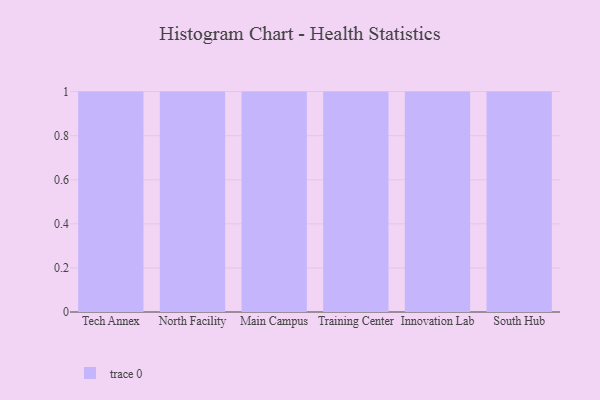
{"axis": {"x": "Campus", "y": "Demand Index"}, "legend": [""], "data": [{"x": "Tech Annex", "y": 51, "type": ""}, {"x": "North Facility", "y": 13, "type": ""}, {"x": "Main Campus", "y": 27, "type": ""}, {"x": "Training Center", "y": 88, "type": ""}, {"x": "Innovation Lab", "y": 30, "type": ""}, {"x": "South Hub", "y": 23, "type": ""}]}